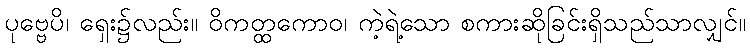
ပုဗ္ဗေပိ၊ ရှေး၌လည်း။ ဝိကတ္ထကောဝ၊ ကဲ့ရဲ့သော စကားဆိုခြင်းရှိသည်သာလျှင်။